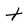
Character: t